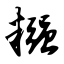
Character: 糨